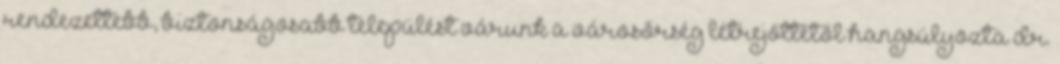
rendezettebb, biztonságosabb települést várunk a városőrség létrejöttétől hangsúlyozta dr.